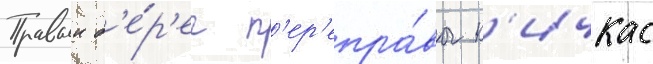
Правыи б'е́р'ег п'ер'епра́вы к'ичкас